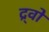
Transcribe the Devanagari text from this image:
द्र्वो